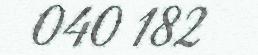
040 182